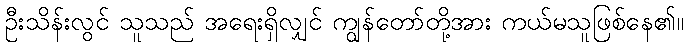
ဦးသိန်းလွင် သူသည် အရေးရှိလျှင် ကျွန်တော်တို့အား ကယ်မသူဖြစ်နေ၏။